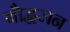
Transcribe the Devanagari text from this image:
बौद्धजन